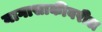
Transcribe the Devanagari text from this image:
नागासाकीवरील